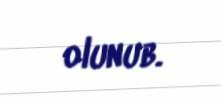
olunub.